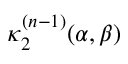
\kappa _ { 2 } ^ { ( n - 1 ) } ( \alpha , \beta )